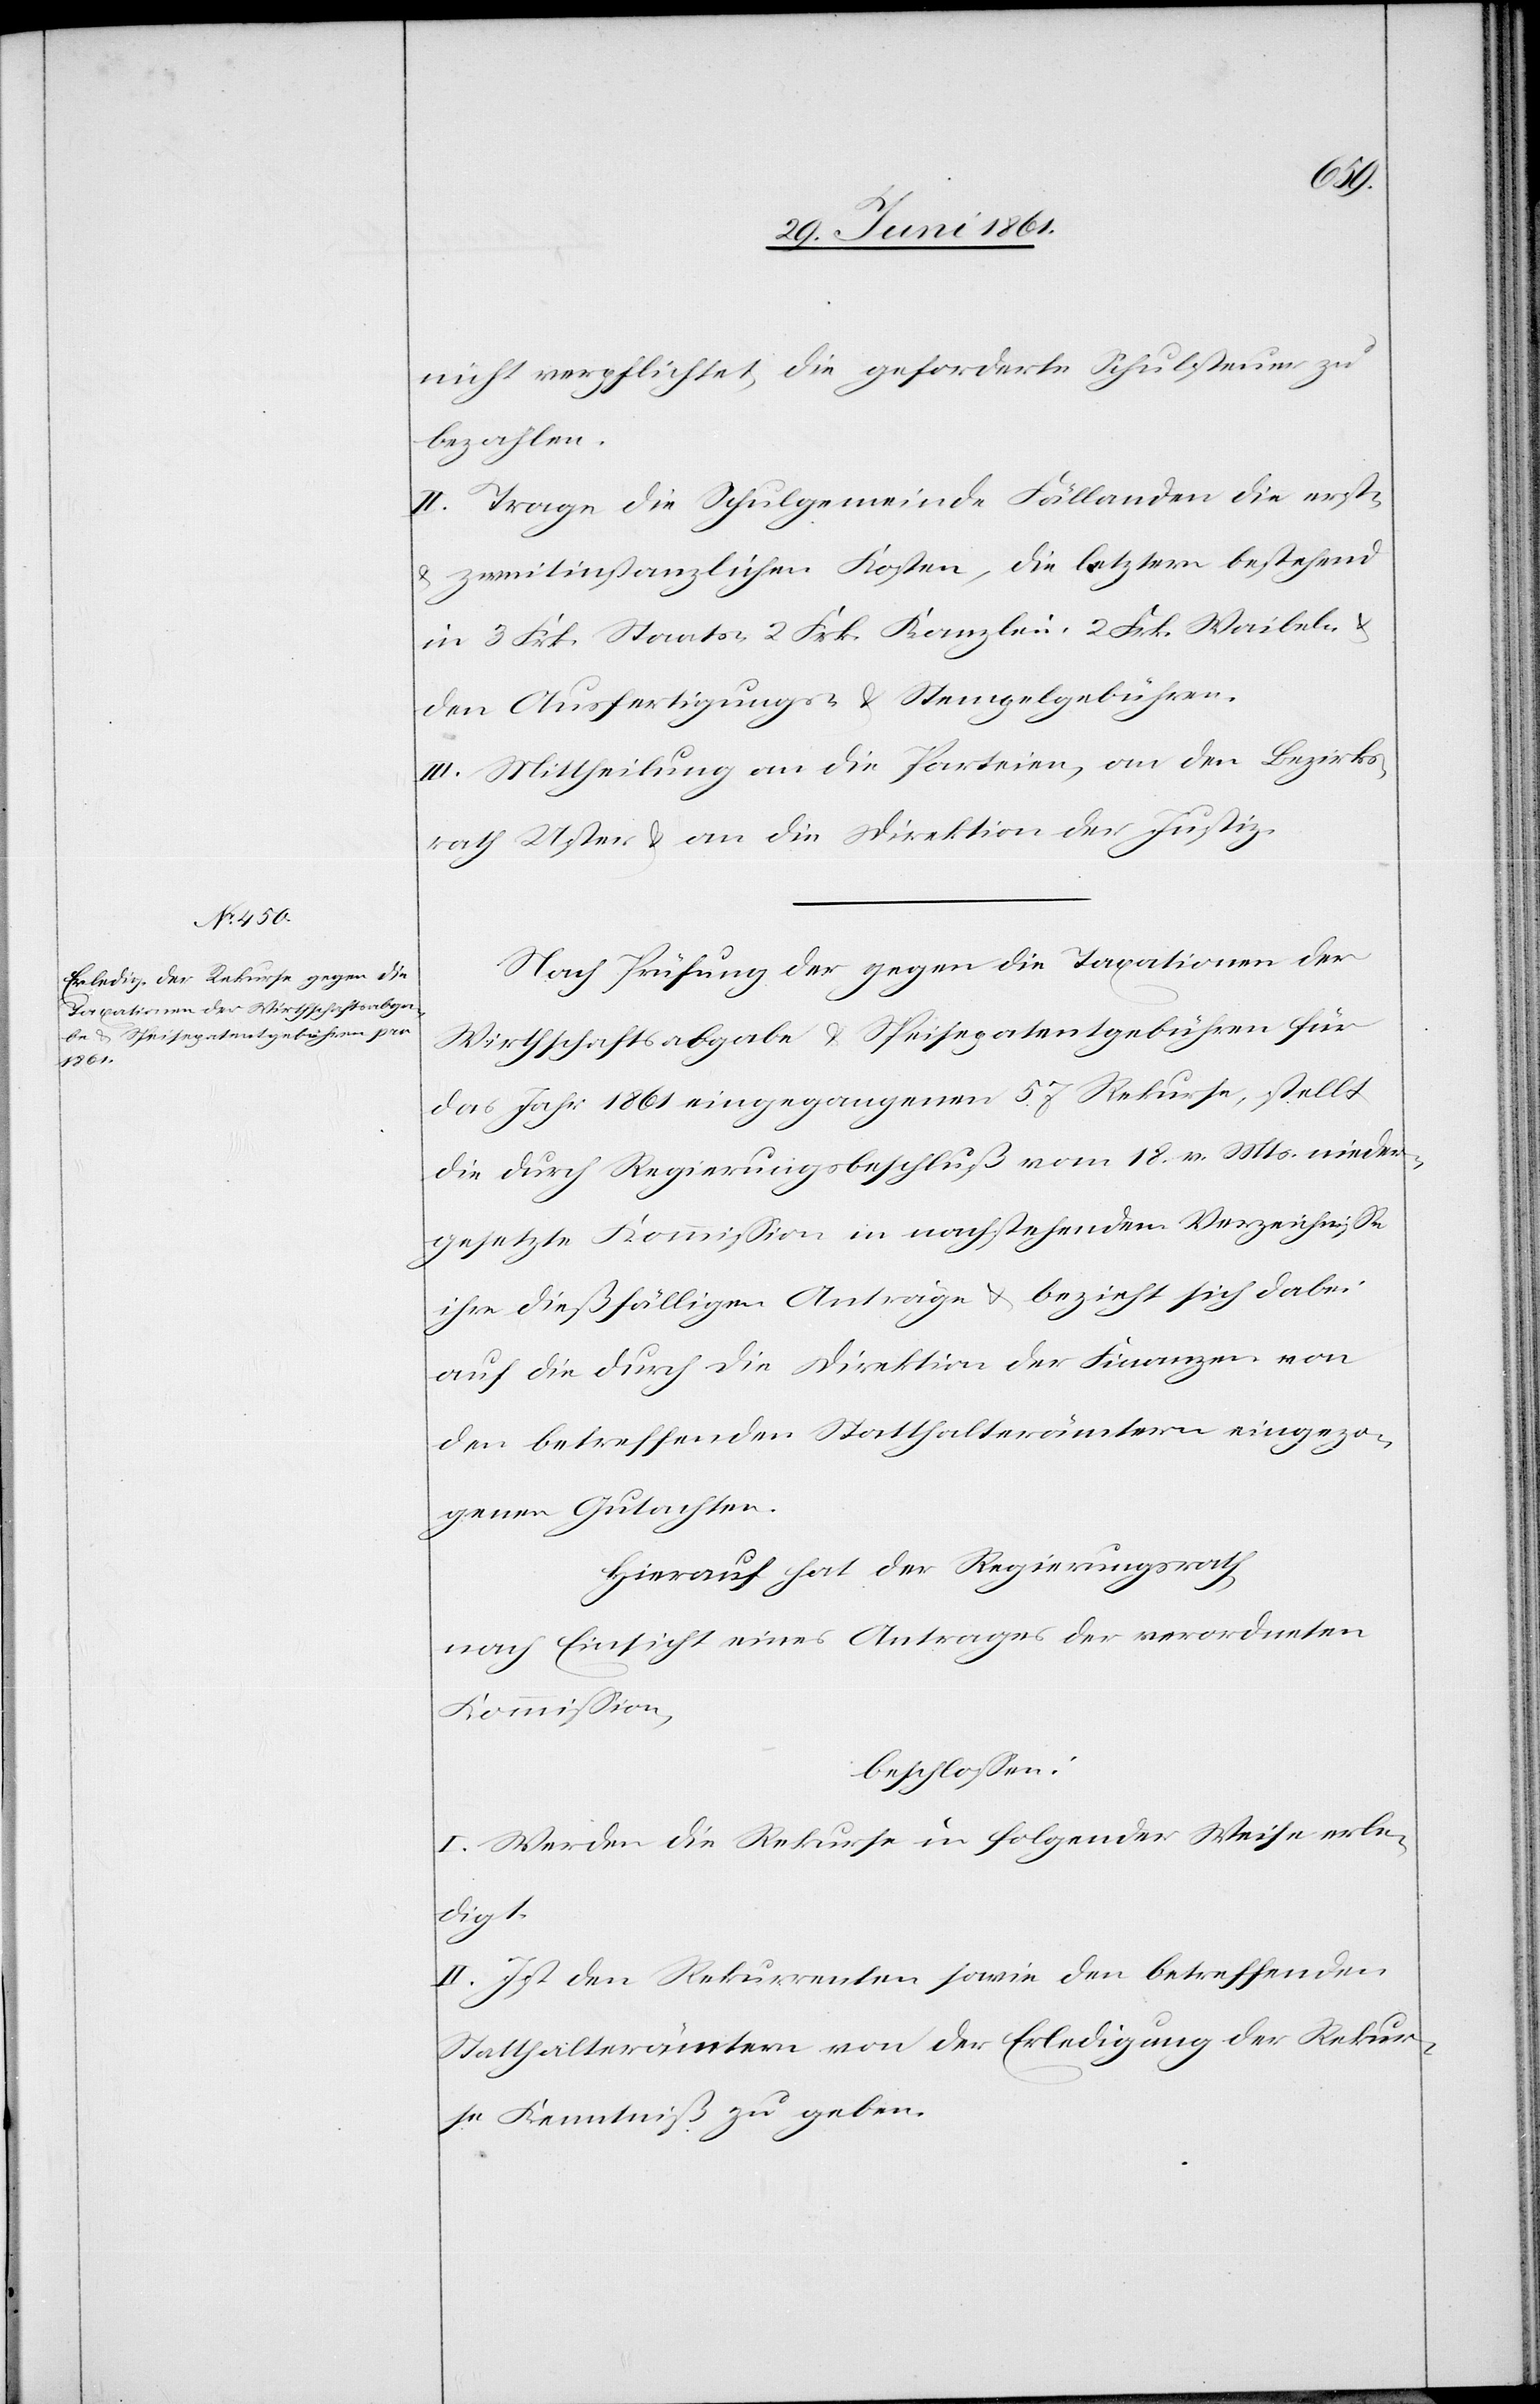
nicht verpflichtet, die geforderte Schulsteuer zu
bezahlen.
II. Trage die Schulgemeinde Fällanden die erst-
u. zweitinstanzlichen Kosten, die letztern bestehend
in 3 Frk. Staats-[,] 2 Frk. Kanzlei-[,] 2 Frk. Waibel- u.
den Ausfertigungs- u. Stempelgebühren.
III. Mittheilung an die Parteien, an den Bezirks¬
rath Uster u. an die Direktion der Justiz.
Nach Prüfung der gegen die Taxationen der
Wirthschaftsabgabe u. Speisepatentgebühren für
das Jahr 1861 eingegangenen 57 Rekurse, stellt
die durch Regierungsbeschluß vom 18. v. Mts. nieder¬
gesetzte Kommission in nachstehendem Verzeichnisse
ihre dießfälligen Anträge u. bezieht sich dabei
auf die durch die Direktion der Finanzen von
den betreffenden Statthalterämtern eingezo¬
genen Gutachten.
Hierauf hat der Regierungsrath,
nach Einsicht eines Antrages der verordneten
Kommission,
beschlossen:
I. Werden die Rekurse in folgender Weise erle¬
digt.
II. Ist den Rekurrenten sowie den betreffenden
Statthalterämtern von der Erledigung der Rekur¬
se Kenntniß zu geben.